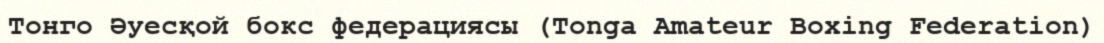
Тонго Әуесқой бокс федерациясы (Tonga Amateur Boxing Federation)